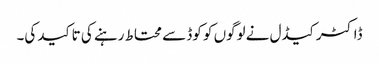
ڈاکٹر کیڈل نے لوگوں کو کوڈ سے محتاط رہنے کی تاکید کی۔